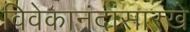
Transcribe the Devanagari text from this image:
विवेकानंदांसारखे